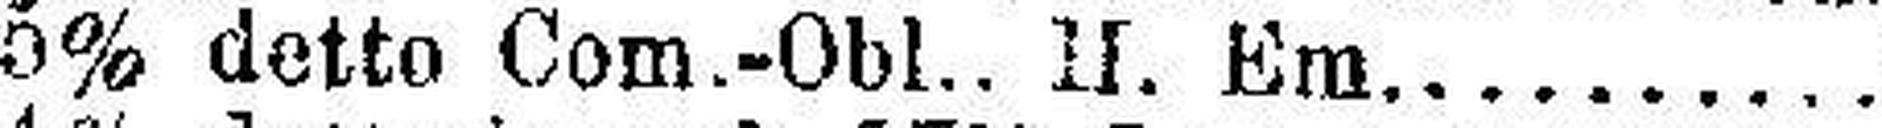
5% detto Com.-Obl.. II. Em..........